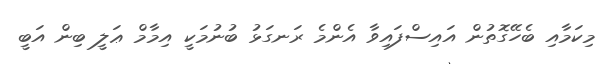
މިކަމާއި ބެހޭގޮތުން އައިސްފައިވާ އެންމެ ރަނގަޅު ބުނުމަކީ އިމާމް ޢަލީ ބިން އަބީ